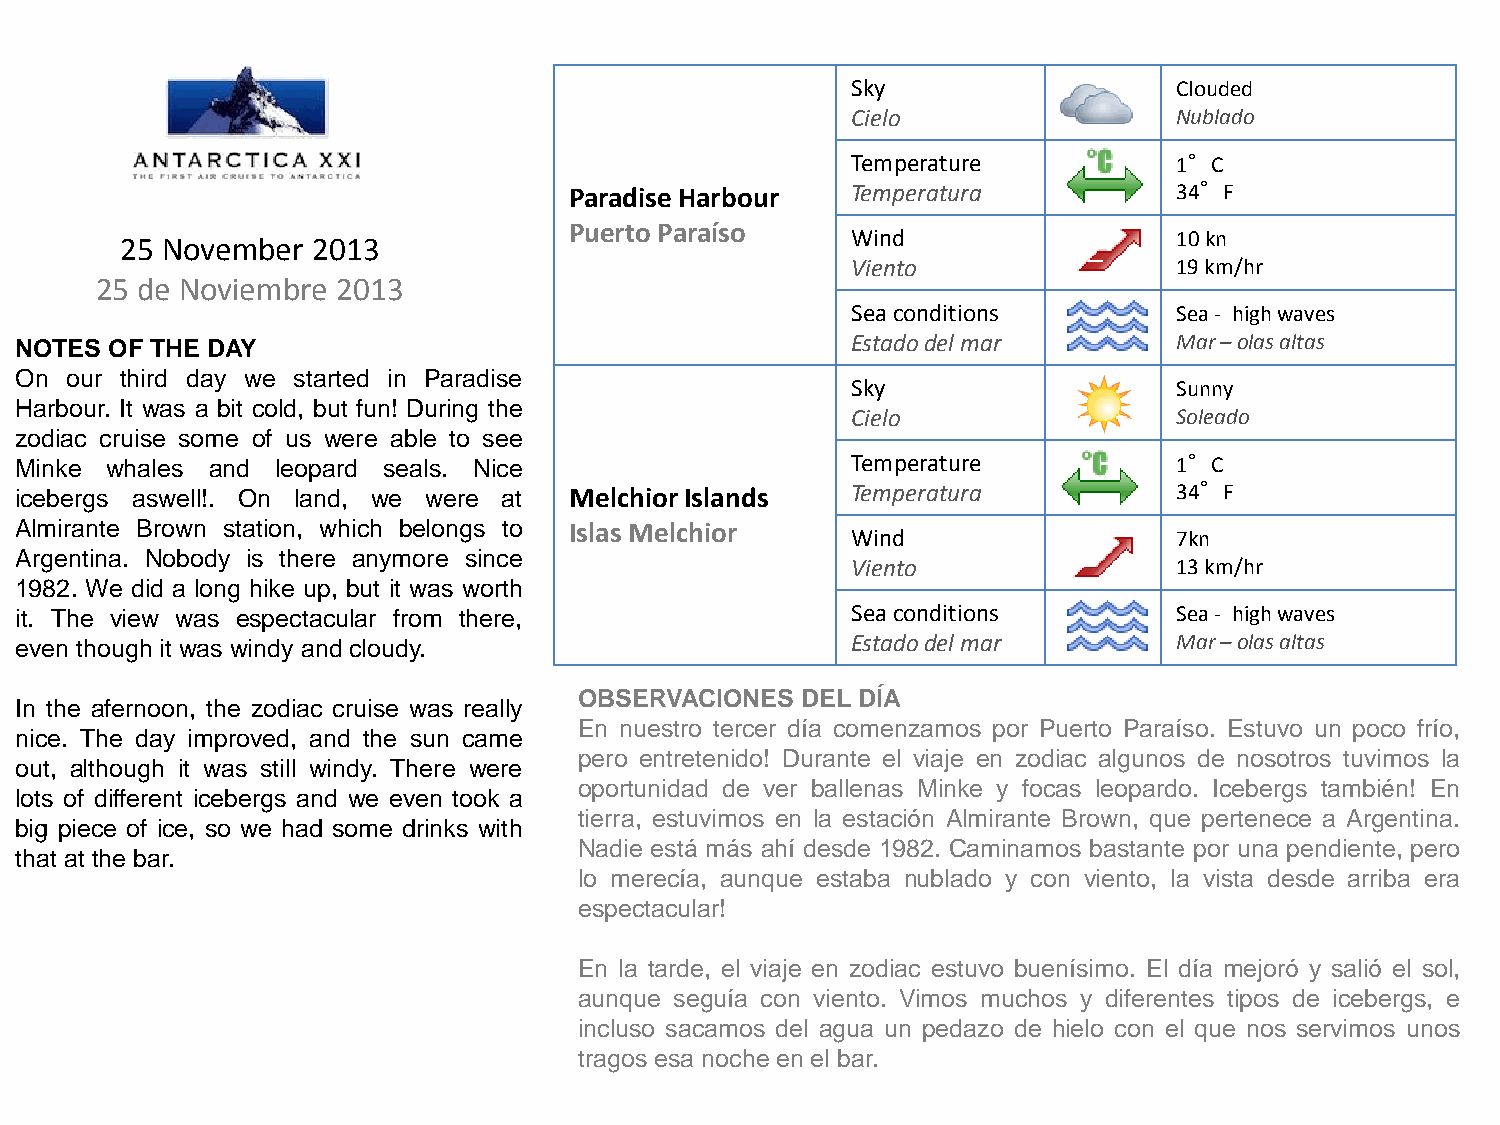
Sky                   Clouded
 Cielo                 Nublado
 Temperature           1°C
 Paradise Harbour  Temperatura           34°F
 Puerto Paraíso
 25 November  2013                               Wind                  10 kn
 Viento                19 km/hr
 25 de Noviembre 2013
 Sea conditions        Sea - high waves
 NOTES OF THE DAY                                       Estado del mar        Mar – olas altas
 On our third day we started in Paradise
 Sky                   Sunny
 Harbour. It was a bit cold, but fun! During the
 Cielo                 Soleado
 zodiac cruise some of us were able to see
 Minke whales and leopard seals. Nice                   Temperature           1°C
 icebergs aswell!. On land, we were at Melchior Islands Temperatura           34°F
 Almirante Brown station, which belongs to Islas Melchior
 Wind                  7kn
 Argentina. Nobody is there anymore since
 Viento                13 km/hr
 1982. We did a long hike up, but it was worth
 it. The view was espectacular from there,              Sea conditions        Sea - high waves
 even though it was windy and cloudy.                   Estado del mar        Mar – olas altas
 OBSERVACIONES  DEL DÍA
 In the afernoon, the zodiac cruise was really
 En nuestro tercer día comenzamos por Puerto Paraíso. Estuvo un poco frío,
 nice. The day improved, and the sun came
 pero entretenido! Durante el viaje en zodiac algunos de nosotros tuvimos la
 out, although it was still windy. There were
 oportunidad de ver ballenas Minke y focas leopardo. Icebergs también! En
 lots of different icebergs and we even took a
 tierra, estuvimos en la estación Almirante Brown, que pertenece a Argentina.
 big piece of ice, so we had some drinks with
 Nadie está más ahí desde 1982. Caminamos bastante por una pendiente, pero
 that at the bar.
 lo merecía, aunque estaba nublado y con viento, la vista desde arriba era
 espectacular!
 En la tarde, el viaje en zodiac estuvo buenísimo. El día mejoró y salió el sol,
 aunque seguía con viento. Vimos muchos y diferentes tipos de icebergs, e
 incluso sacamos del agua un pedazo de hielo con el que nos servimos unos
 tragos esa noche en el bar.